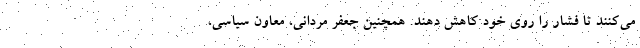
می‌کنند تا فشار را روی خود کاهش دهند. همچنین جعفر مردانی، معاون سیاسی،